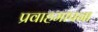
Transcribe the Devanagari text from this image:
प्रवाहमापना